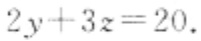
\(2y + 3z = 20\)